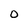
Character: 0